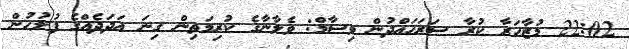
22:02 މުޒާހަރާ ކުރާ ސަރަަހައްދުން ވިސާމް: ވެލާނާގެ ކުރިމަތިން ގިނަ އަދަދެއްގެ ފުލުހުން